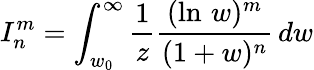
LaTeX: I_{n}^{m}=\int_{w_{0}}^{\infty}\frac{1}{z}\frac{(\ln\, w)^{m}}{(1+w)^{n}}\, dw